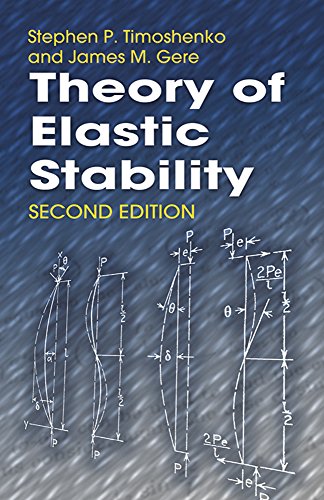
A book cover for Theory of Elastic Stability (Dover Civil and Mechanical Engineering); Stephen P. Timoshenko; Science & Math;